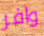
وافر